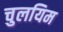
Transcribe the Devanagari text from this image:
चुलयिम